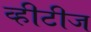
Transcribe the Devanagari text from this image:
व्हीटीज